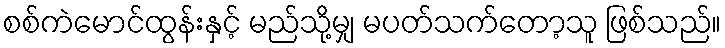
စစ်ကဲမောင်ထွန်းနှင့် မည်သို့မျှ မပတ်သက်တော့သူ ဖြစ်သည်။